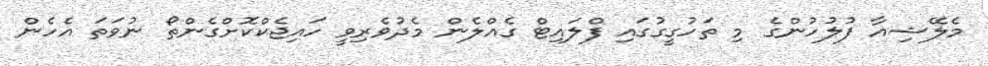
މެލޭޝިއާ ފުލުހުންގެ މި ތަހުގީގުގައި ފްލައިޓް ގެއްލެން މެދުވެރިވީ ހައިޖެކްކޮށްގެންތޯ ނުވަތަ އެހެން